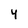
Character: 4